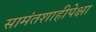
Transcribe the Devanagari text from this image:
सामंतशाहीपेक्षा